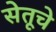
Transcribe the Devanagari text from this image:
सेतूचे